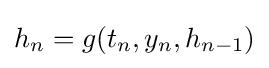
h_{n}=g(t_{n},y_{n},h_{n-1})